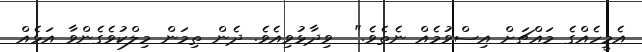
އެމީހެއްގެ މައްޗަށް އިސްވުމެއް ނެތެވެ."  ވިދާޅުވިއެވެ. ދެން ތިމަން މިލްކުވެގެންވާ އަޅެއް